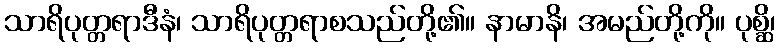
သာရိပုတ္တရာဒီနံ၊ သာရိပုတ္တရာစသည်တို့၏။ နာမာနိ၊ အမည်တို့ကို။ ပုစ္ဆိ၊